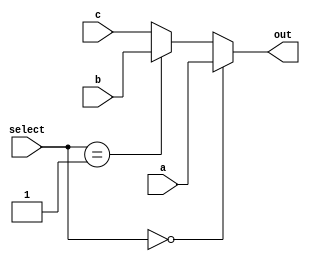
module muxi (out,a,b,c,select);
output reg [31:0] out;
input [31:0] a,b,c;
input [1:0] select;

initial
begin
out=32'd0;
end

always @ (*)
begin
if(select==2'b00)
out=a;
else
begin
if(select==2'b01)
out=b;
else
out=c;
end

end

endmodule